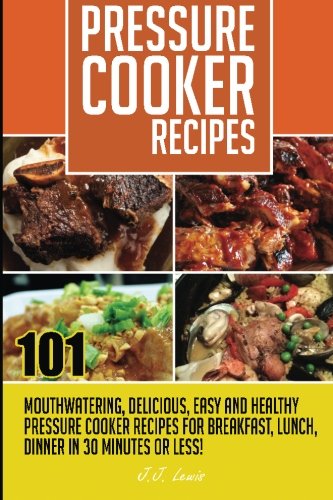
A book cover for Pressure Cooker Recipes: 101 Mouthwatering, Delicious, Easy and Healthy Pressure; J.J. Lewis; Cookbooks, Food & Wine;